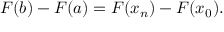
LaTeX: F ( b ) - F ( a ) = F ( x _ { n } ) - F ( x _ { 0 } ) .